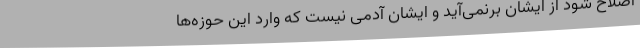
اصلاح شود از ایشان برنمی‌آید و ایشان آدمی نیست که وارد این حوزه‌ها